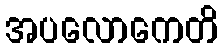
အပလောကေတိ